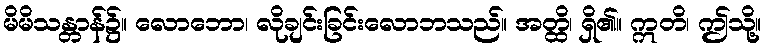
မိမိသန္တာန်၌။ လောဘော၊ လိုချင်းခြင်းလောဘသည်။ အတ္ထိ၊ ရှိ၏။ ဣတိ၊ ဤသို့။